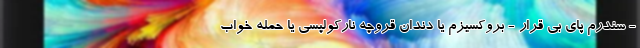
- سندرم پای بی قرار - بروکسیزم یا دندان قروچه نارکولپسی یا حمله خواب